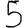
Digit: 5